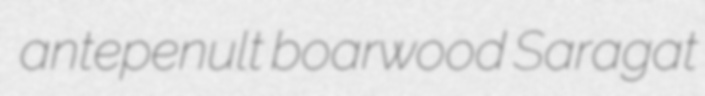
antepenult boarwood Saragat